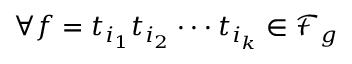
{ \forall f = t _ { i _ { 1 } } t _ { i _ { 2 } } \cdot \cdot \cdot t _ { i _ { k } } \in \mathscr { F } _ { g } }